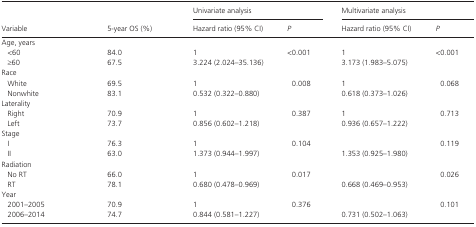
| <ROWSPAN=2> Variable | <ROWSPAN=2> 5‐year OS (%) | <COLSPAN=2> Univariate analysis | <COLSPAN=2> Multivariate analysis |
 | Hazard ratio (95% CI) | P | Hazard ratio (95% CI) | P |
 | --- | --- | --- | --- | --- | --- |
 | <COLSPAN=6> Age, years |
 | <60 | 84.0 | 1 | <ROWSPAN=2> <0.001 | 1 | <ROWSPAN=2> <0.001 |
 | ≥60 | 67.5 | 3.224 (2.024–35.136) | 3.173 (1.983–5.075) |
 | <COLSPAN=6> Race |
 | White | 69.5 | 1 | 0.008 | 1 | 0.068 |
 | Nonwhite | 83.1 | 0.532 (0.322–0.880) |  | 0.618 (0.373–1.026) |  |
 | <COLSPAN=6> Laterality |
 | Right | 70.9 | 1 | <ROWSPAN=2> 0.387 | 1 | <ROWSPAN=2> 0.713 |
 | Left | 73.7 | 0.856 (0.602–1.218) | 0.936 (0.657–1.222) |
 | <COLSPAN=6> Stage |
 | I | 76.3 | 1 | <ROWSPAN=2> 0.104 |  | <ROWSPAN=2> 0.119 |
 | II | 63.0 | 1.373 (0.944–1.997) | 1.353 (0.925–1.980) |
 | <COLSPAN=6> Radiation |
 | No RT | 66.0 | 1 | <ROWSPAN=2> 0.017 |  | <ROWSPAN=2> 0.026 |
 | RT | 78.1 | 0.680 (0.478–0.969) | 0.668 (0.469–0.953) |
 | <COLSPAN=6> Year |
 | 2001–2005 | 70.9 | 1 | <ROWSPAN=2> 0.376 |  | <ROWSPAN=2> 0.101 |
 | 2006–2014 | 74.7 | 0.844 (0.581–1.227) | 0.731 (0.502–1.063) |